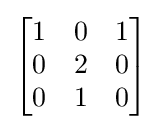
{\begin{bmatrix}1&0&1\\0&2&0\\0&1&0\end{bmatrix}}